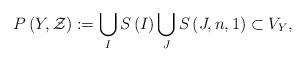
LaTeX: \begin{align*}P\left(Y,\mathcal{Z}\right):=\bigcup_{I}S\left(I\right)\bigcup_{J}S\left(J,n,1\right)\subset V_{Y},\end{align*}